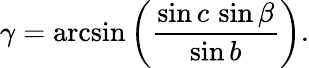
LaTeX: \gamma=\arcsin\left({\frac{\sin c\, \sin\beta}{\sin b}}\right).